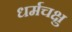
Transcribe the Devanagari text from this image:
धर्मचक्षु